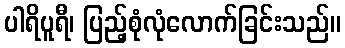
ပါရိပူရီ၊ ပြည့်စုံလုံလောက်ခြင်းသည်။